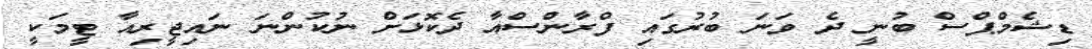
ޑިޝެމްޕްސް ބުނީ ދެ ވަނަ ބުރުގައި ފްރާންސްއާ ދެކޮޅަށް ނުކުންނަ ނައިޖީރިއާ ޓީމަކީ